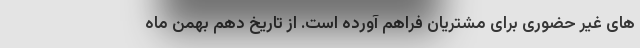
های غیر حضوری برای مشتریان فراهم آورده است. از تاریخ دهم بهمن ماه